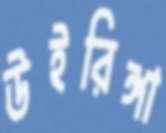
উইরিঙ্গা